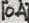
Text: 10A